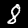
Label: 8